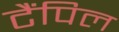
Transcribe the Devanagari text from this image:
टैंपिल